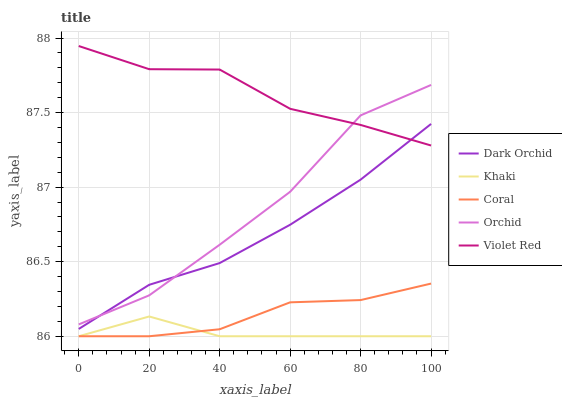
| xaxis_label | Dark Orchid | Khaki | Coral | Orchid | Violet Red |
 | --- | --- | --- | --- | --- | --- |
 | 0 | 86 | 86 | 86 | 86.1 | 87.9 |
 | 20 | 86.3 | 86.1 | 86 | 86.3 | 87.8 |
 | 40 | 86.5 | 86 | 86 | 86.6 | 87.8 |
 | 60 | 86.7 | 86 | 86.2 | 87 | 87.5 |
 | 80 | 87.1 | 86 | 86.2 | 87.5 | 87.4 |
 | 100 | 87.4 | 86 | 86.4 | 87.7 | 87.3 |